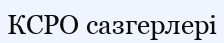
КСРО сазгерлері